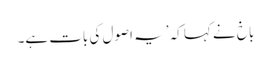
باخ نے کہا کہ ’یہ اصول کی بات ہے۔